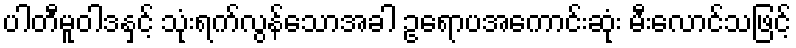
ပါတီမူဝါဒနှင့် သုံးရက်လွန်သောအခါ ဥရောပအကောင်းဆုံး မီးလောင်သဖြင့်